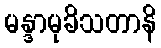
မန္ဒာမုခိသတာနိ